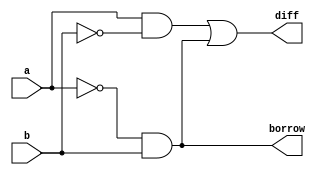

`timescale 1 ns/10 ps

module halfsub(a,b,diff,borrow);

   input a,b;
   output wire diff,borrow;


assign diff=(a&~b)|(~a&b);
assign borrow=~a&b;
endmodule

module halfsub_test;
reg a,b;
wire diff,borrow;

halfsub UUT(.a(a),.b(b),.diff(diff),.borrow(borrow));
initial begin
$monitor($time,"a=%b b=%b diff=%b borrow=%b",a,b,diff,borrow);
a=0;
b=0;
#10
a=0;
b=1;
#10
a=1;
b=0;
#10
a=1;
b=1;
#10;
end
endmodule